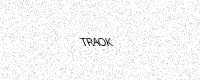
Text: TRAOK